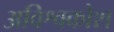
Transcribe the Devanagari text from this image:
अविश्वकोश